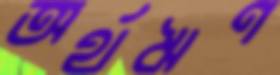
অর্থঋণ